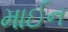
માઈન